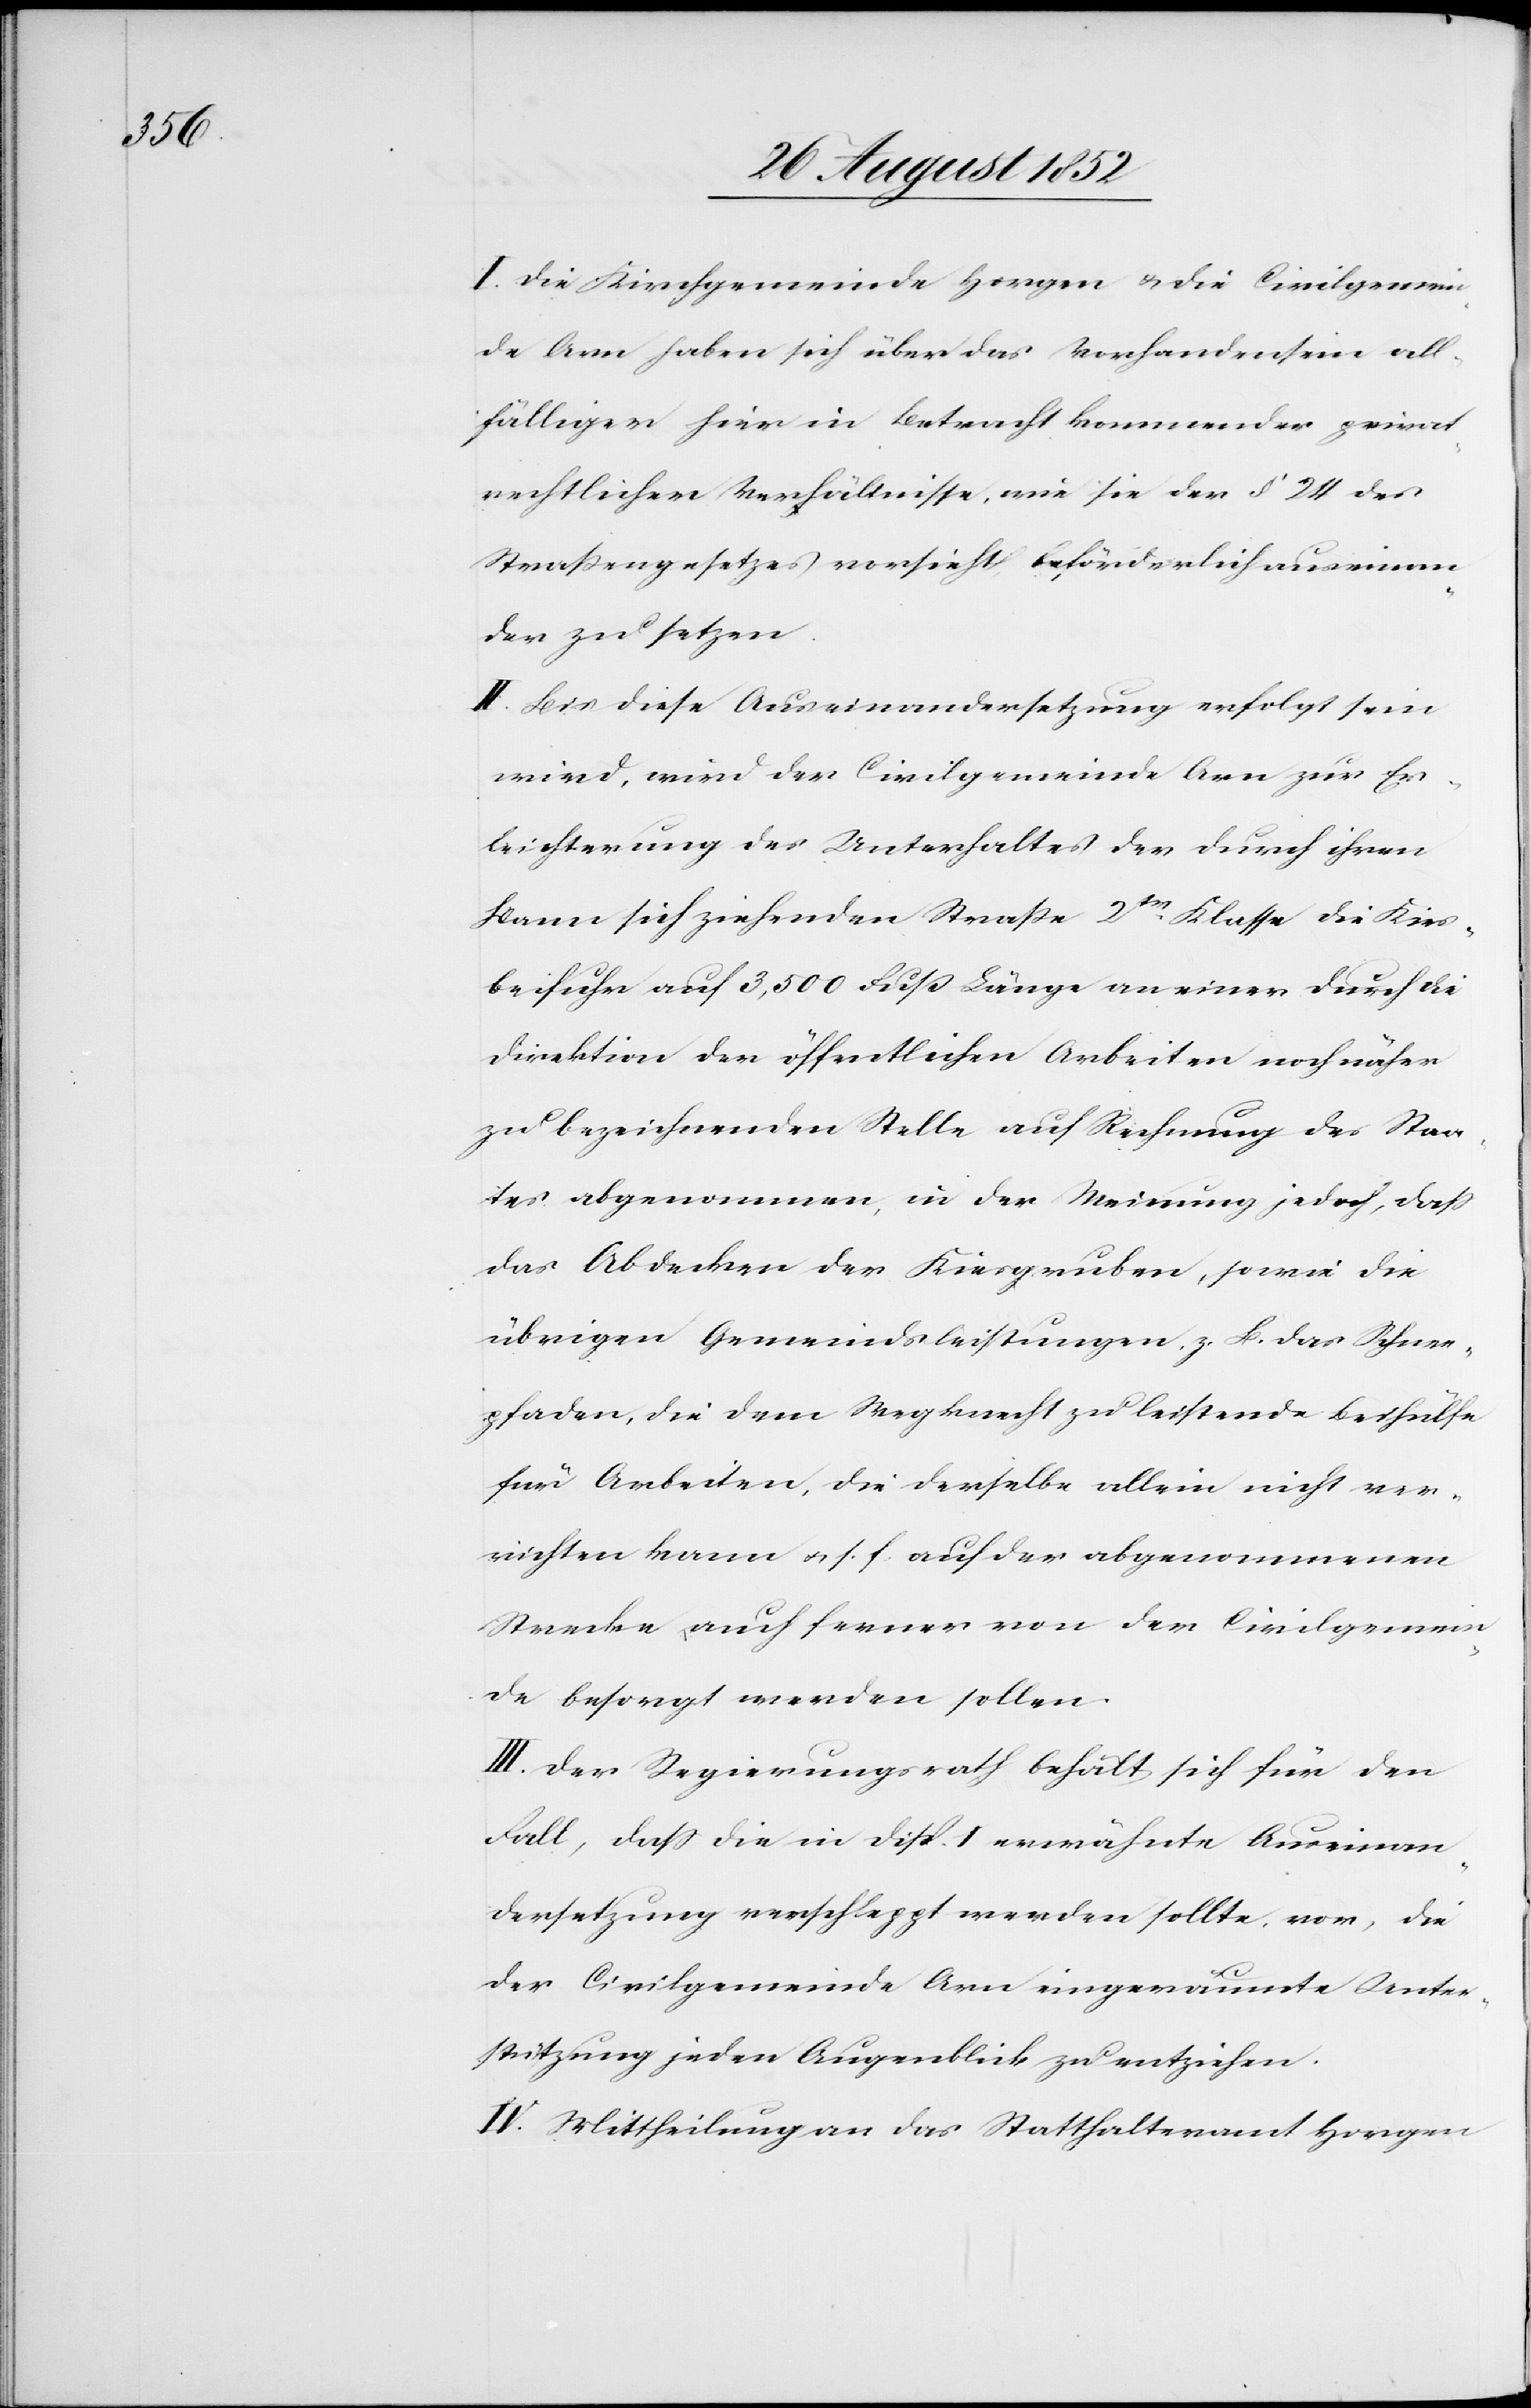
I. Die Kirchgemeinde Horgen & die Civilgemein¬
de Arn haben sich über das Vorhandensein all¬
fälliger hier in Betracht kommender privat¬
rechtlicher Verhältnisse, wie sie der § 24 des
Straßengesetzes vorsieht, beförderlich auseinan¬
der zu setzen.
II. Bis diese Auseinandersetzung erfolgt sein
wird, wird der Civilgemeinde Arn zur Er¬
leichterung des Unterhaltes der durch ihren
Bann sich ziehenden Straße 2tr. Klasse die Kies¬
beifuhr auf 3,500 Fuß Länge an einer durch die
Direktion der öffentlichen Arbeiten noch näher
zu bezeichnenden Stelle auf Rechnung des Staa¬
tes abgenommen, in der Meinung jedoch, dass
das Abdecken der Kiesgruben, sowie die
übrigen Gemeindsleistungen, z. B. das Schnee¬
pfaden, die dem Wegknecht zu leistende Beihülfe
für Arbeiten, die derselbe allein nicht ver¬
richten kann & s. f. auf der abgenommenen
Strecke auch ferner von der Civilgemein¬
de besorgt werden sollen.
III. Der Regierungsrath behält sich für den
Fall, dass die in Disp. I erwähnte Auseinan¬
dersetzung verschleppt werden sollte, vor, die
der Civilgemeinde Arn eingeräumte Unter¬
stützung jeden Augenblick zu entziehen.
IV. Mittheilung an das Statthalteramt Horgen